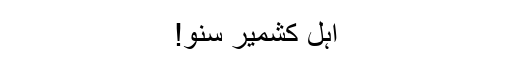
اہل کشمیر سنو!